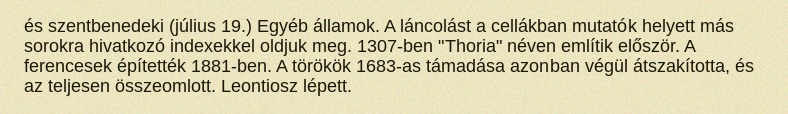
és szentbenedeki (július 19.) Egyéb államok. A láncolást a cellákban mutatók helyett más sorokra hivatkozó indexekkel oldjuk meg. 1307-ben "Thoria" néven említik először. A ferencesek építették 1881-ben. A törökök 1683-as támadása azonban végül átszakította, és az teljesen összeomlott. Leontiosz lépett.